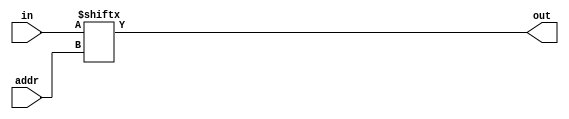
`timescale 1ns / 1ps
//////////////////////////////////////////////////////////////////////////////////
// Company: 
// Engineer: 
// 
// Design Name: 
// Module Name:    mux 
// Project Name: 
// Target Devices: 
// Tool versions: 
// Description: 
//
// Dependencies: 
//
// Revision: 
// Revision 0.01 - File Created
// Additional Comments: 
//
//////////////////////////////////////////////////////////////////////////////////
module mux #(
        parameter   INPUT_COUNT = 4,
        parameter   ADDR_WIDTH  = $clog2(INPUT_COUNT)
    )(
        input [ADDR_WIDTH - 1:0]    addr,
        input [INPUT_COUNT - 1:0]   in,
        output                      out
    );
    
    assign out = in[addr];
endmodule